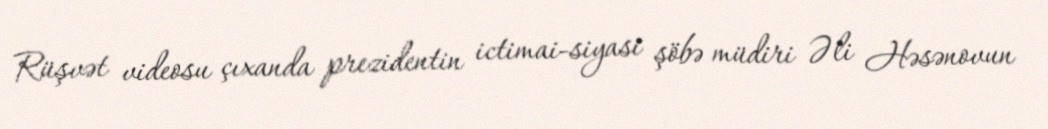
Rüşvət videosu çıxanda prezidentin ictimai-siyasi şöbə müdiri Əli Həsənovun